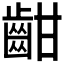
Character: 𪗳